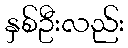
နှစ်ဦးလည်း